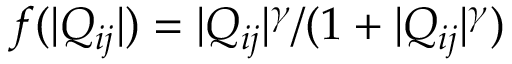
f ( | Q _ { i j } | ) = | Q _ { i j } | ^ { \gamma } / ( 1 + | Q _ { i j } | ^ { \gamma } )